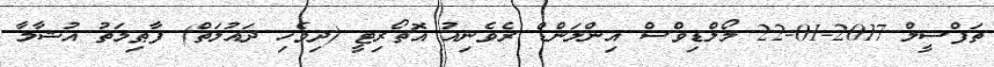
ތަފްސީލް 2017-01-22 މޯލްޑިވްސް އިންލަންޑް ރެވެނިއު އޮތޯރިޓީ (ދިވެހި ދައުލަތް) ފާޠިމަތު އުޝާމާ